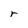
Character: r